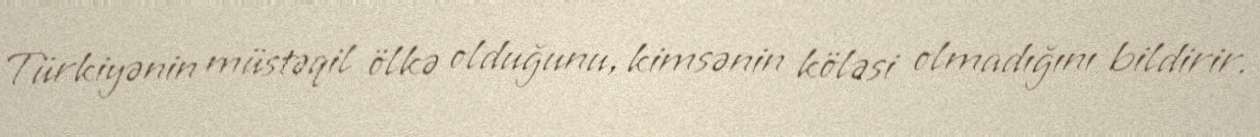
Türkiyənin müstəqil ölkə olduğunu, kimsənin köləsi olmadığını bildirir.